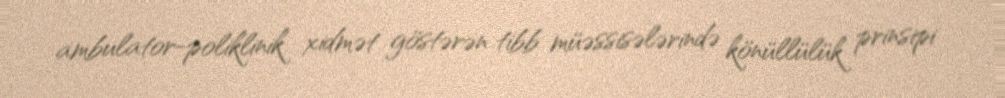
ambulator-poliklinik xidmət göstərən tibb müəssisələrində könüllülük prinsipi